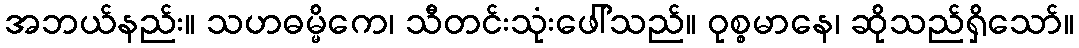
အဘယ်နည်း။ သဟဓမ္မိကေ၊ သီတင်းသုံးဖေါ်သည်။ ဝုစ္စမာနေ၊ ဆိုသည်ရှိသော်။